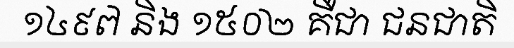
១៤៩៧ និង ១៥០២ គឺជា ជនជាតិ